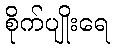
စိုက်ပျိုးရေ